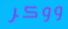
ووكر